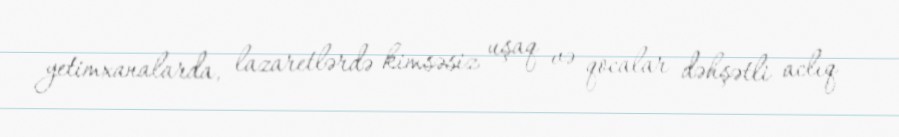
yetimxanalarda, lazaretlərdə kimsəsiz uşaq və qocalar dəhşətli aclıq